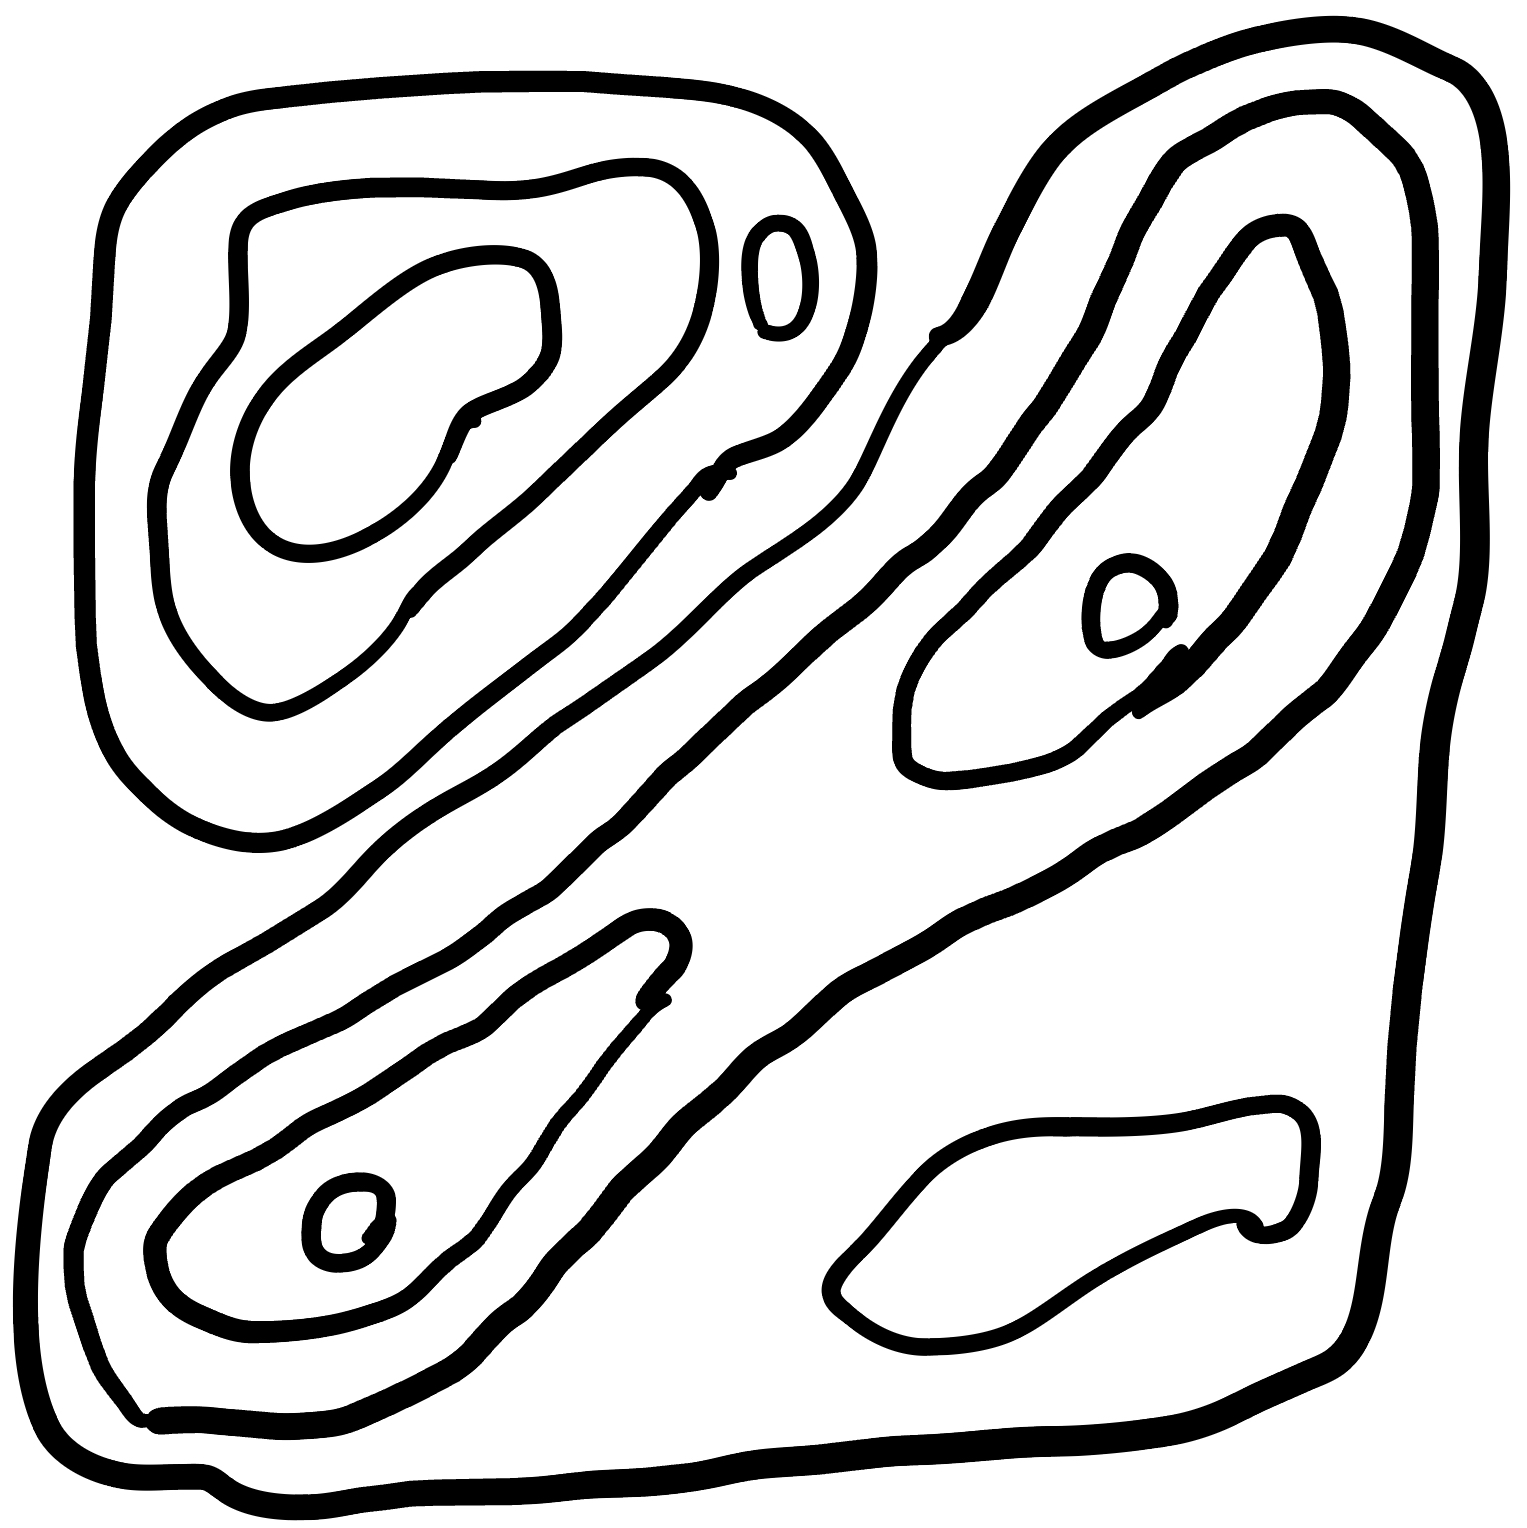
Number of regions (including the outer root region): 12
Containment tree edges (parent, child): 0, 1, 0, 5, 1, 2, 1, 3, 3, 4, 5, 6, 5, 7, 7, 8, 7, 10, 8, 9, 10, 11